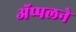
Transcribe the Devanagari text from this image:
ॲप्पलने